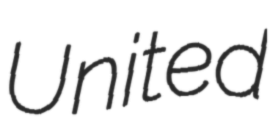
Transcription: United